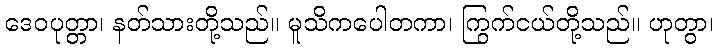
ဒေဝပုတ္တာ၊ နတ်သားတို့သည်။ မူသိကပေါတကာ၊ ကြွက်ငယ်တို့သည်။ ဟုတွာ၊